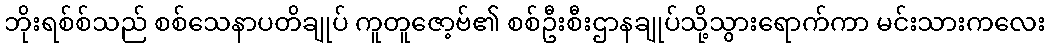
ဘိုးရစ်စ်သည် စစ်သေနာပတိချုပ် ကူတူဇော့ဗ်၏ စစ်ဦးစီးဌာနချုပ်သို့သွားရောက်ကာ မင်းသားကလေး